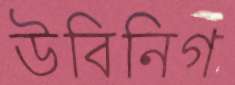
উবিনিগ